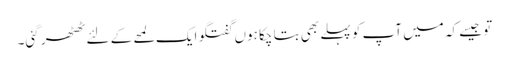
تو جیسے کہ میں آپ کو پہلے بھی بتا چکا ہوں گفتگو ایک لمحے کے لئے ٹھٹھر گئی۔